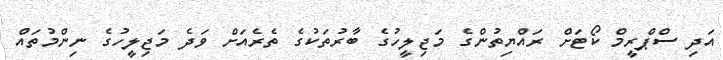
އަދި ސްޕްރީމް ކޯޓަށް ރައްޔިތުންގެ މަޖިލީހުގެ ބާރުތަކުގެ ތެރެއަށް ވަދެ މަޖިލީހުގެ ނިންމުތައް